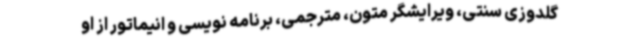
گلدوزی سنتی، ویرایشگر متون، مترجمی، برنامه نویسی و انیماتور از او